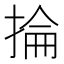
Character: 掄